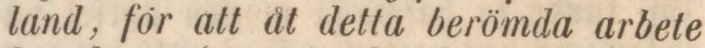
land, för att åt detta berömda arbete